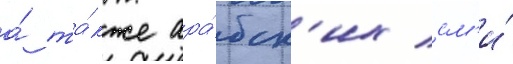
а́ та́кже ара́бск'их см'и́